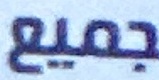
جميع